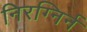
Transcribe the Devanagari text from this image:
निरग्निर्न